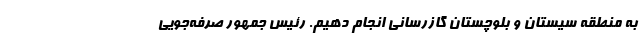
به منطقه سیستان و بلوچستان گازرسانی انجام دهیم. رئیس جمهور صرفه‌جویی